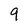
Character: 9